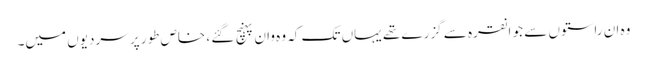
وہ ان راستوں سے جو انقرہ سے گزرے تھے یہاں تک کہ وہ وان پہنچ گئے ، خاص طور پر سردیوں میں۔